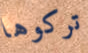
تركوها